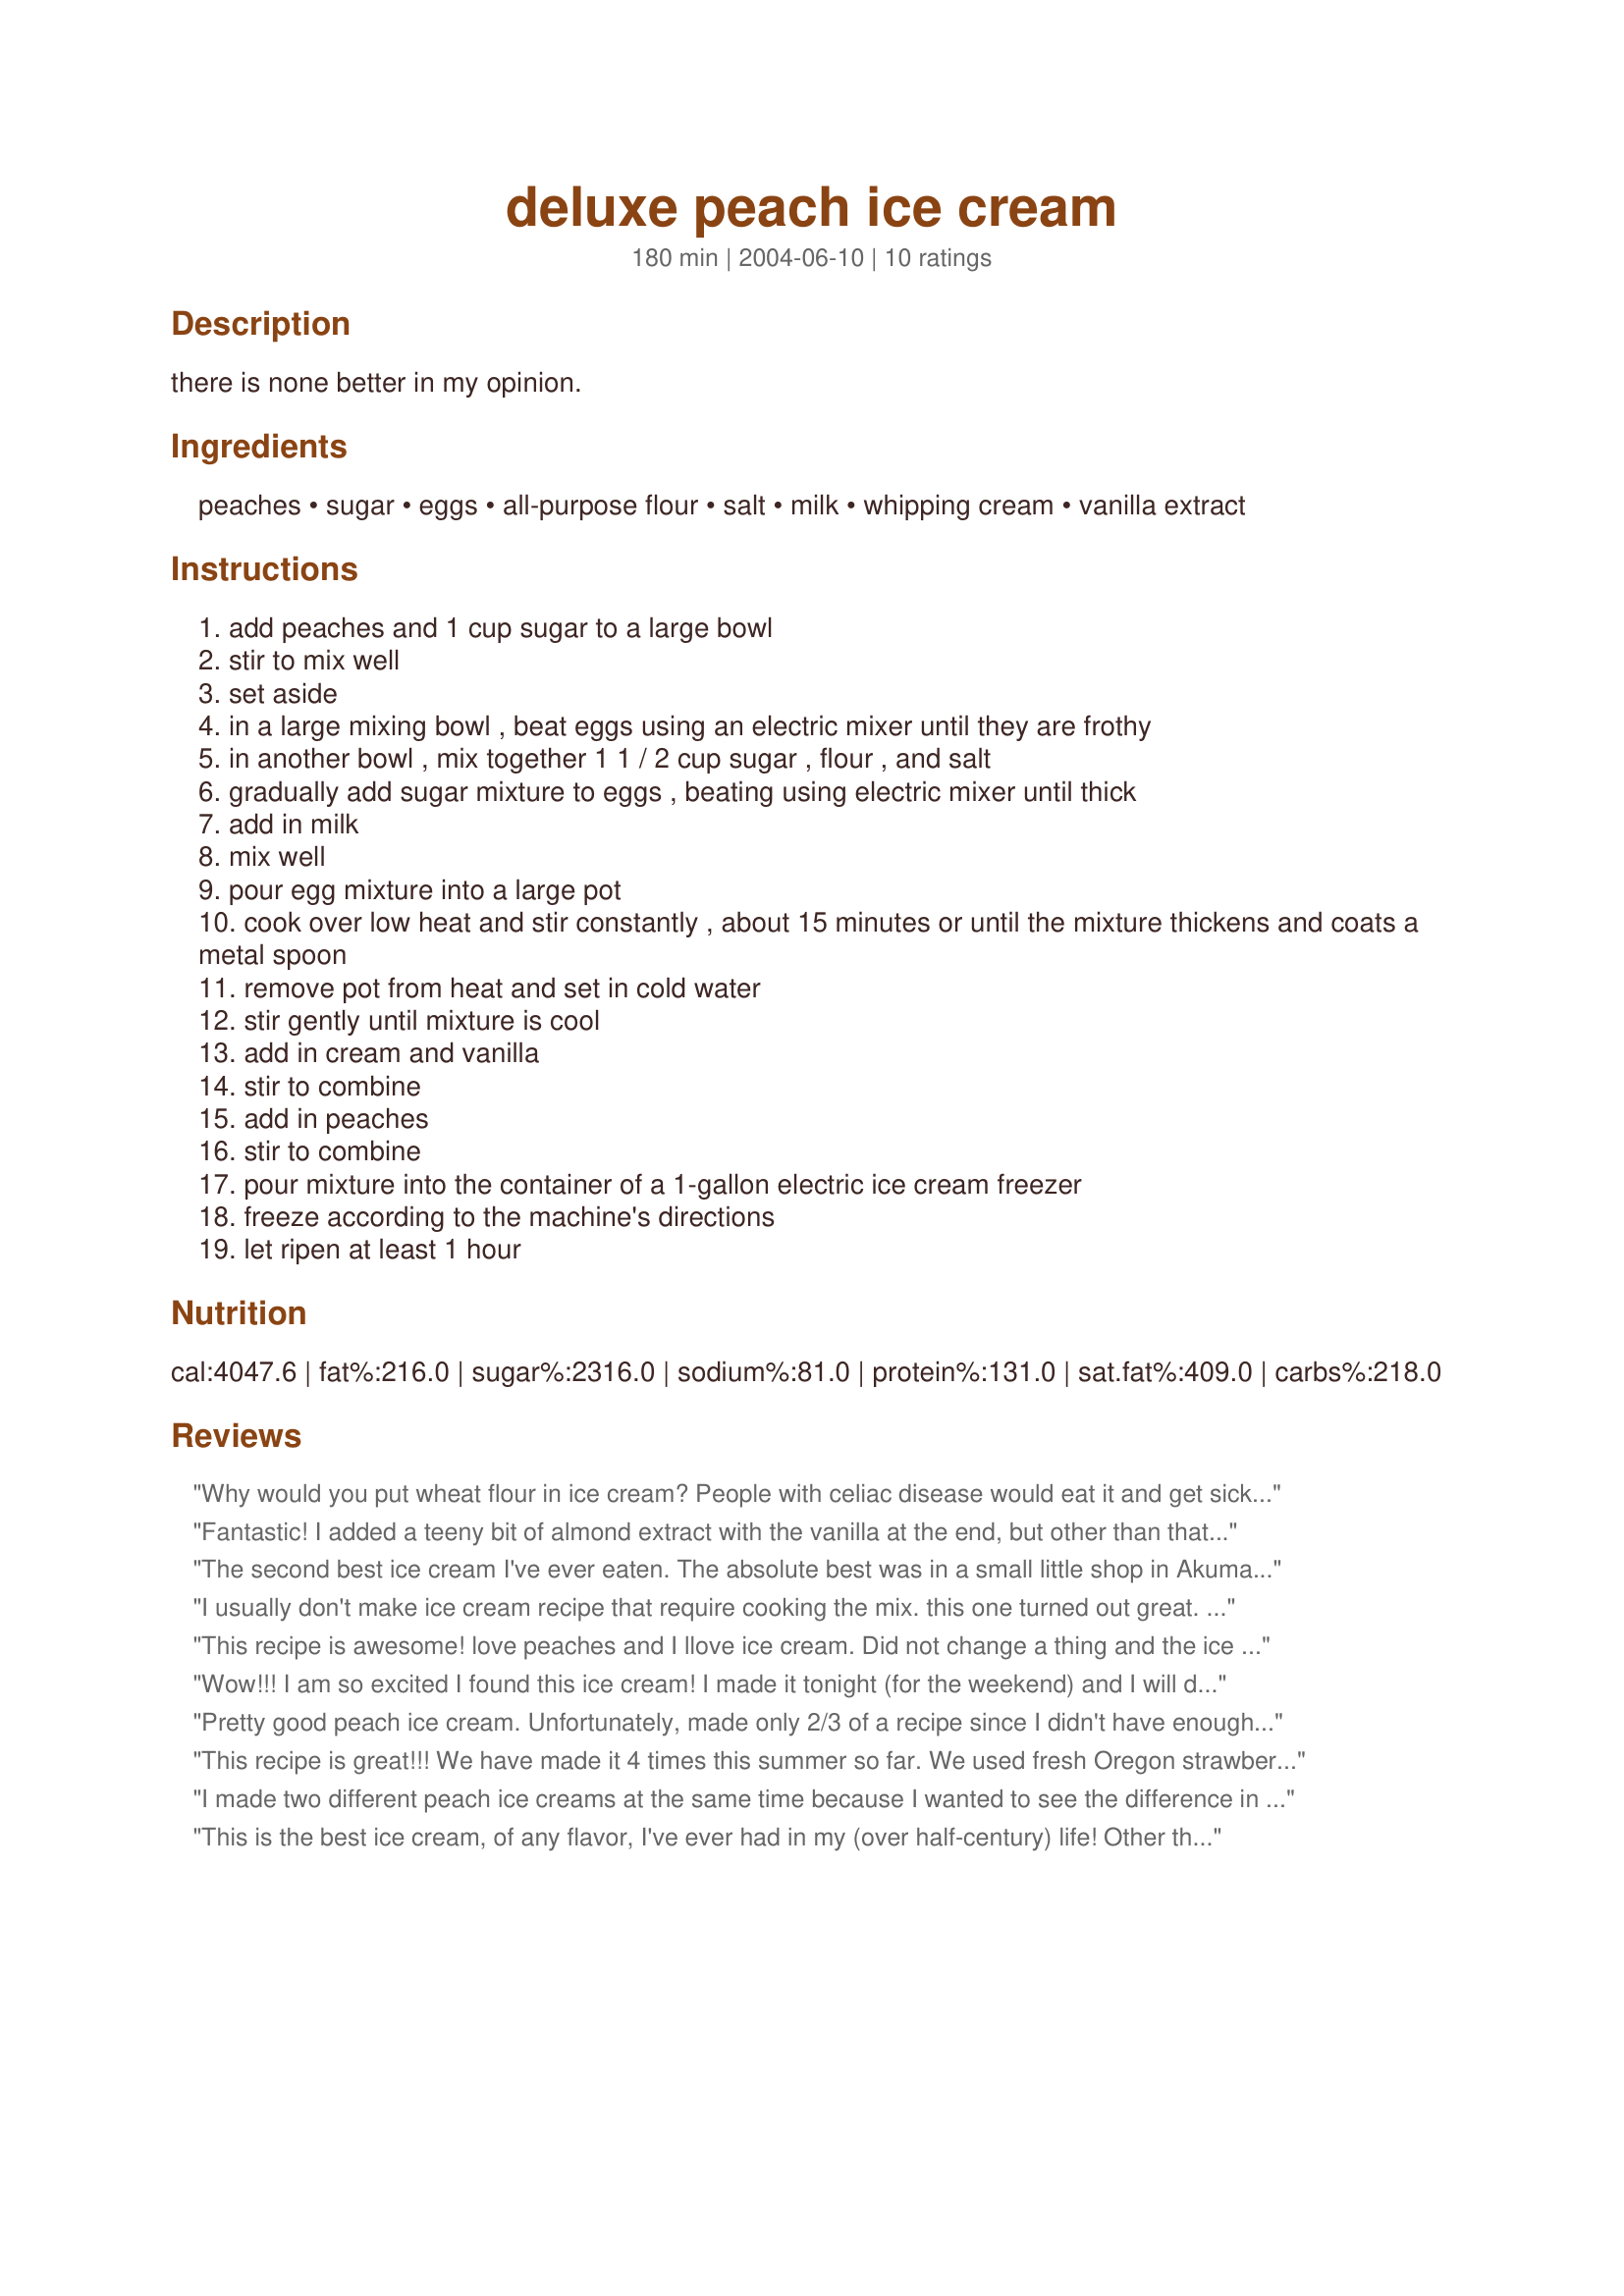
deluxe peach ice cream
Preparation time: 180 minutes

there is none better in my opinion.

Ingredients:
peaches, sugar, eggs, all-purpose flour, salt, milk, whipping cream, vanilla extract

Steps:
add peaches and 1 cup sugar to a large bowl
stir to mix well
set aside
in a large mixing bowl , beat eggs using an electric mixer until they are frothy
in another bowl , mix together 1 1 / 2 cup sugar , flour , and salt
gradually add sugar mixture to eggs , beating using electric mixer until thick
add in milk
mix well
pour egg mixture into a large pot
cook over low heat and stir constantly , about 15 minutes or until the mixture thickens and coats a metal spoon
remove pot from heat and set in cold water
stir gently until mixture is cool
add in cream and vanilla
stir to combine
add in peaches
stir to combine
pour mixture into the container of a 1-gallon electric ice cream freezer
freeze according to the machine's directions
let ripen at least 1 hour

Reviews:
Why would you put wheat flour in ice cream? People with celiac disease would eat it and get sick. I would suggest when you do make it, you tell any guests what it contains. I would never think ice cream would be on my endangered list.
Fantastic! I added a teeny bit of almond extract with the vanilla at the end, but other than that it, I left the recipe the same. Thanks Di, great profile pic by the way. ;-)
The second best ice cream I've ever eaten. The absolute best was in a small little shop in Akumal, Mexico, so this is a lot more easily obtained.
I usually don't make ice cream recipe that require cooking the mix. this one turned out great. I took it to a friends house and they argued over who was taking the left overs. will definitely make it again.
This recipe is awesome! love peaches and I llove ice cream. Did not change a thing and the ice cream came out perfect! Thanks for a great recipe NurseDi
Wow!!! I am so excited I found this ice cream! I made it tonight (for the weekend) and I will definitely be making it again! I love recipes that ask for me to cook the ice cream because it always seems to be richer. :) Thanks so much for the recipe!
Pretty good peach ice cream. Unfortunately, made only 2/3 of a recipe since I didn't have enough peaches. Only 3 fresh ones, so had to supplement with frozen, which I don't recommend. My frozen peaches were hard and not very tasty. But the fresh ones gave it a good flavor. Overall, probably will stick to my homemade vanilla and just put the peaches on top! That being said, we enjoyed it and I have plenty in the freezer for snacking! (I used about 50/50 skim milk and half & half as I never use whole cream and it worked well with a great creamy consistency.) Thanks for posting!
This recipe is great!!! We have made it 4 times this summer so far. We used fresh Oregon strawberries and used 1/2&1/2 instead of the milk. Update: Made it again Sept.1 with Veteran peaches. Wonderful! Thank you for another great recipe.
I made two different peach ice creams at the same time because I wanted to see the difference in taste, etc... This recipe wasn't worth my time. It was icey, as opposed to creamy, it took entirely too long to make. I'll definitely stick with the "Old Fashioned Homeade Peach Ice Cream" recipe from now on.
This is the best ice cream, of any flavor, I've ever had in my (over half-century) life! Other than scaling the recipe down to fit my ice cream machine, I did not change anything. This recipe has got it just right. Because the thin custard uses a little flour, it is not too eggy. The peach flavor is just wonderful. I made it up in the evening, chilled it well in the refrigerator, and froze it the next day. If you have good peaches, try this. You'll thank me. But first, I have to thank Nurse Di.
